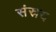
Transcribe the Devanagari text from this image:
संस्रय